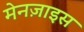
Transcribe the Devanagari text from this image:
मेनज़ाइस